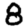
Digit: 8